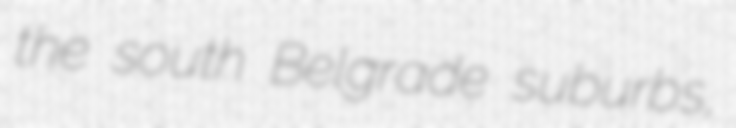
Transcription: the south Belgrade suburbs,